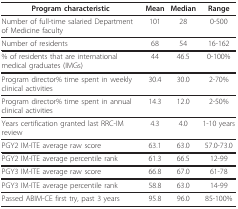
| Program characteristic | Mean | Median | Range |
 | --- | --- | --- | --- |
 | Number of full-time salaried Department of Medicine faculty | 101 | 28 | 0-500 |
 | Number of residents | 68 | 54 | 16-162 |
 | % of residents that are international medical graduates (IMGs) | 44 | 46.5 | 0-100% |
 | Program director% time spent in weekly clinical activities | 30.4 | 30.0 | 2-70% |
 | Program director% time spent in annual clinical activities | 14.3 | 12.0 | 2-50% |
 | Years certification granted last RRC-IM review | 4.3 | 4.0 | 1-10 years |
 | PGY2 IM-ITE average raw score | 63.1 | 63.0 | 57.0-73.0 |
 | PGY2 IM-ITE average percentile rank | 61.3 | 66.5 | 12-99 |
 | PGY3 IM-ITE average raw score | 66.8 | 67.0 | 61-78 |
 | PGY3 IM-ITE average percentile rank | 58.8 | 63.0 | 14-99 |
 | Passed ABIM-CE first try, past 3 years | 95.8 | 96.0 | 85-100% |